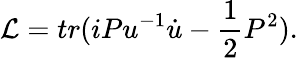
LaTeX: {\cal L}=tr(iPu^{-1}\dot{u}-\frac{1}{2}P^{2}).